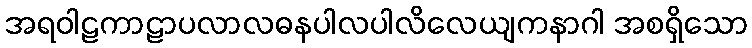
အရဝါဠကာဠာပလာလဓနပါလပါလိလေယျကနာဂါ အစရှိသော